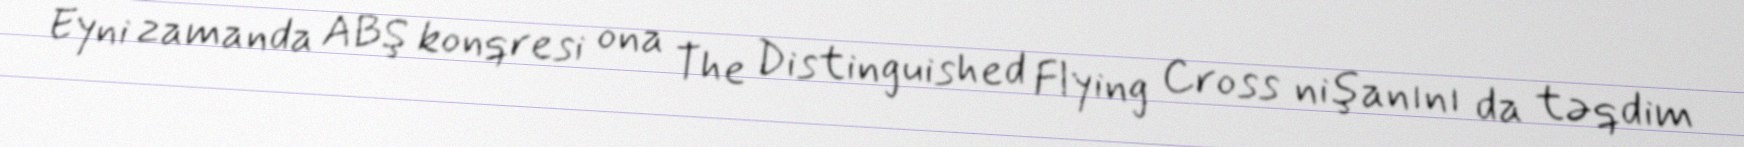
Eyni zamanda ABŞ konqresi ona The Distinguished Flying Cross nişanını da təqdim